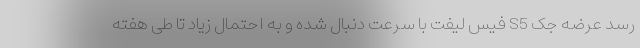
رسد عرضه جک S5 فیس لیفت با سرعت دنبال شده و به احتمال زیاد تا طی هفته